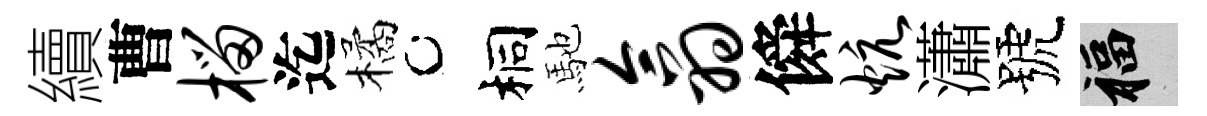
續曹榴迄橘桐馳翕僢炕瀟號福